Vaccination in the Punjab 1919-1929 - 1919-1929
Year: 1919
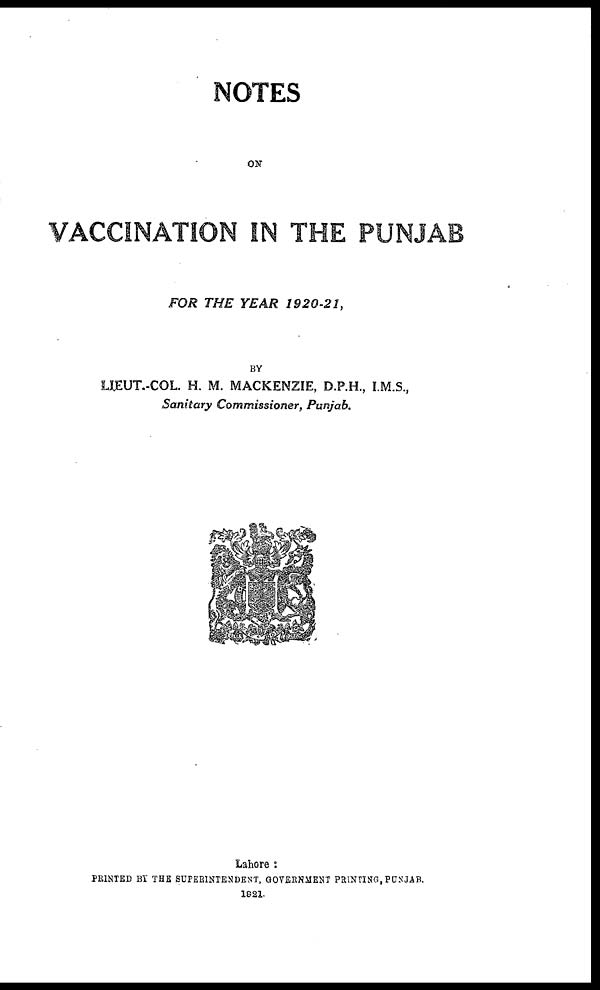
NOTES
ON
VACCINATION IN THE PUNJAB
FOR THE YEAR
1920-21,
BY
LIEUT.-COL. H. M. MACKENZIE, D.P.H., I.M.S.,
Sanitary Commissioner, Punjab.
Lahore :
PRINTED BY THE SUPERINTENDENT, GOVERNMENT PRINTING, PUNJAB.
1921.